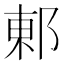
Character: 𮟽